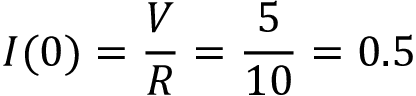
I ( 0 ) = \frac { V } { R } = \frac { 5 } { 1 0 } = 0 . 5